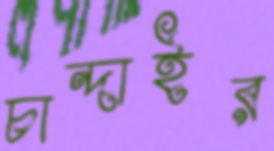
চান্দাইর